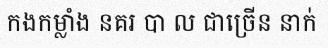
កងកម្លាំង នគរ បា ល ជាច្រើន នាក់